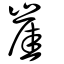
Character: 崖